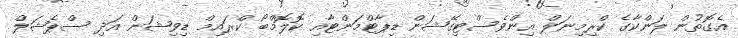
އެގޮތުން ލަންކާގެ ކްރިމިނަލް އިންވެސްޓިގޭޝަން ޑިޕާޓްމަންޓާއި ކޮލޮމްބޯ ކްރައިމް ޑިވިޝަން އަދި ސްޕެޝަލް